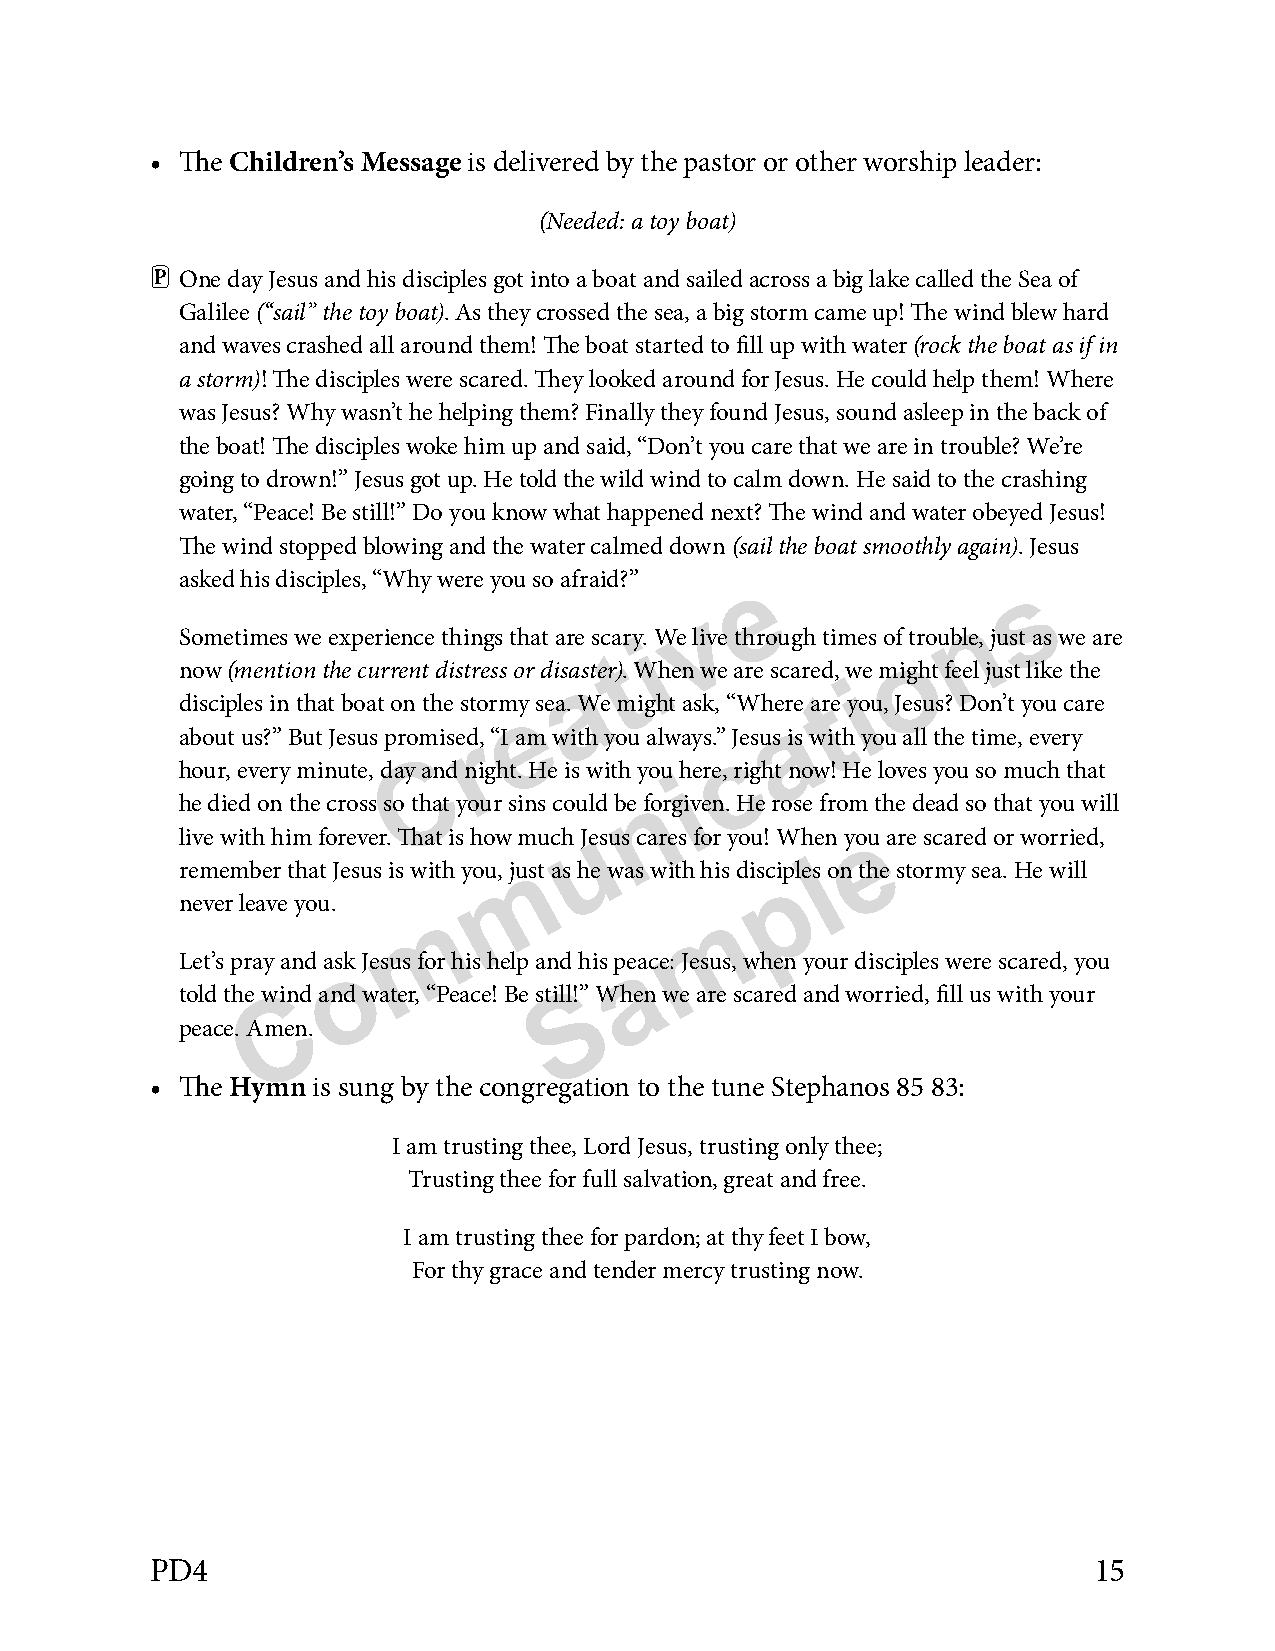
• The Children’s Message is delivered by the pastor or other worship leader:
 (Needed: a toy boat)
 P
 One day Jesus and his disciples got into a boat and sailed across a big lake called the Sea of
 Galilee (“sail” the toy boat). As they crossed the sea, a big storm came up! The wind blew hard
 and waves crashed all around them! The boat started to fill up with water (rock the boat as if in
 a storm)! The disciples were scared. They looked around for Jesus. He could help them! Where
 was Jesus? Why wasn’t he helping them? Finally they found Jesus, sound asleep in the back of
 the boat! The disciples woke him up and said, “Don’t you care that we are in trouble? We’re
 going to drown!” Jesus got up. He told the wild wind to calm down. He said to the crashing
 water, “Peace! Be still!” Do you know what happened next? The wind and water obeyed Jesus!
 The wind stopped blowing and the water calmed down (sail the boat smoothly again). Jesus
 asked his disciples, “Why were you so afraid?” e        s
 v                 n
 Sometimes we experience things that are scaryi. We live through times of otrouble, just as we are
 t
 now (mention the current distress or disaaster). When we are scared, wie might feel just like the
 t
 e
 disciples in that boat on the stormy sea. We might ask, “Whera e are you, Jesus? Don’t you care
 r
 about us?” But Jesus promised, “I am with you always.” cJesus is with you all the time, every
 C
 hour, every minute, day and night. He is with you ihere, right now! He loves you so much that
 n
 he died on the cross so that your sins could be forgiven. He rose from the dead so that you will
 u                  e
 live with him forever. That is how much Jesus cares for you! When you are scared or worried,
 m                    l
 remember that Jesus is with you, just as he was with his discpiples on the stormy sea. He will
 never leave you. m               m
 o                  a
 Let’s pray and ask Jesus for his help and his peace: Jesus, when your disciples were scared, you
 C                  S
 told the wind and water, “Peace! Be still!” When we are scared and worried, fill us with your
 peace. Amen.
 • The Hymn is sung by the congregation to the tune Stephanos 85 83:
 I am trusting thee, Lord Jesus, trusting only thee;
 Trusting thee for full salvation, great and free.
 I am trusting thee for pardon; at thy feet I bow,
 For thy grace and tender mercy trusting now.
 PD4                                                           15